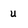
Character: u